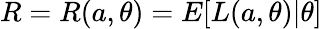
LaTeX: R=R(a,\theta)=E[L(a,\theta)|\theta]